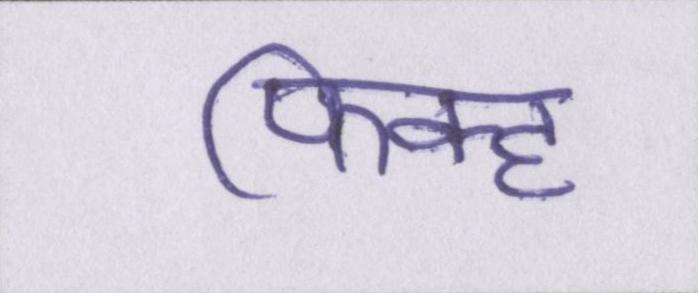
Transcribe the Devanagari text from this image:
फिक्ह